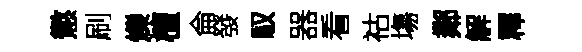
懲刷爍檀侖發馭器看祜塲鄰解釋